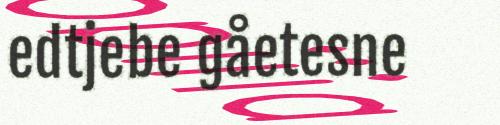
edtjebe gåetesne